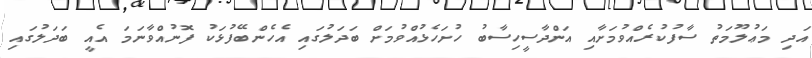
އަދި މަޢުލޫމަތު ސާފުކުރެއްވުމަށާއި އަންދާސީހިސާބު ހުށަހެޅުއްވުމަށް ބަދަލުގައި އެހެންބޭފުޅަކު ފޮނުއްވާނަމަ އެއީ ބަދަލުގައި